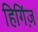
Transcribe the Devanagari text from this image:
हिगिंज़